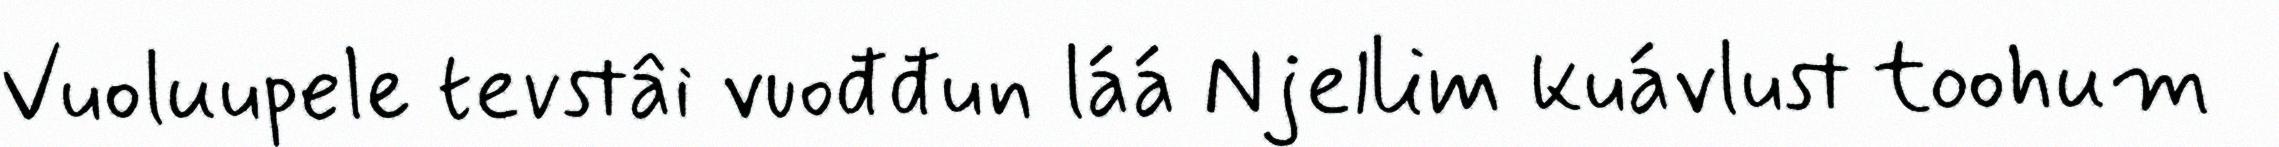
Vuoluupele tevstâi vuođđun láá Njellim kuávlust toohum